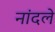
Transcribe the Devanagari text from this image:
नांदले